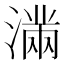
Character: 𭲞